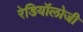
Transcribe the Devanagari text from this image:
रेडियॉलोजी